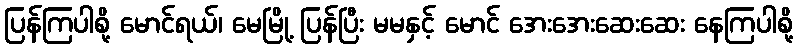
ပြန်ကြပါစို့ မောင်ရယ်၊ မေမြို့ ပြန်ပြီး မမနှင့် မောင် အေးအေးဆေးဆေး နေကြပါစို့